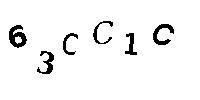
63CC1C